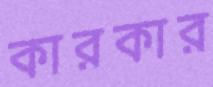
কারকার